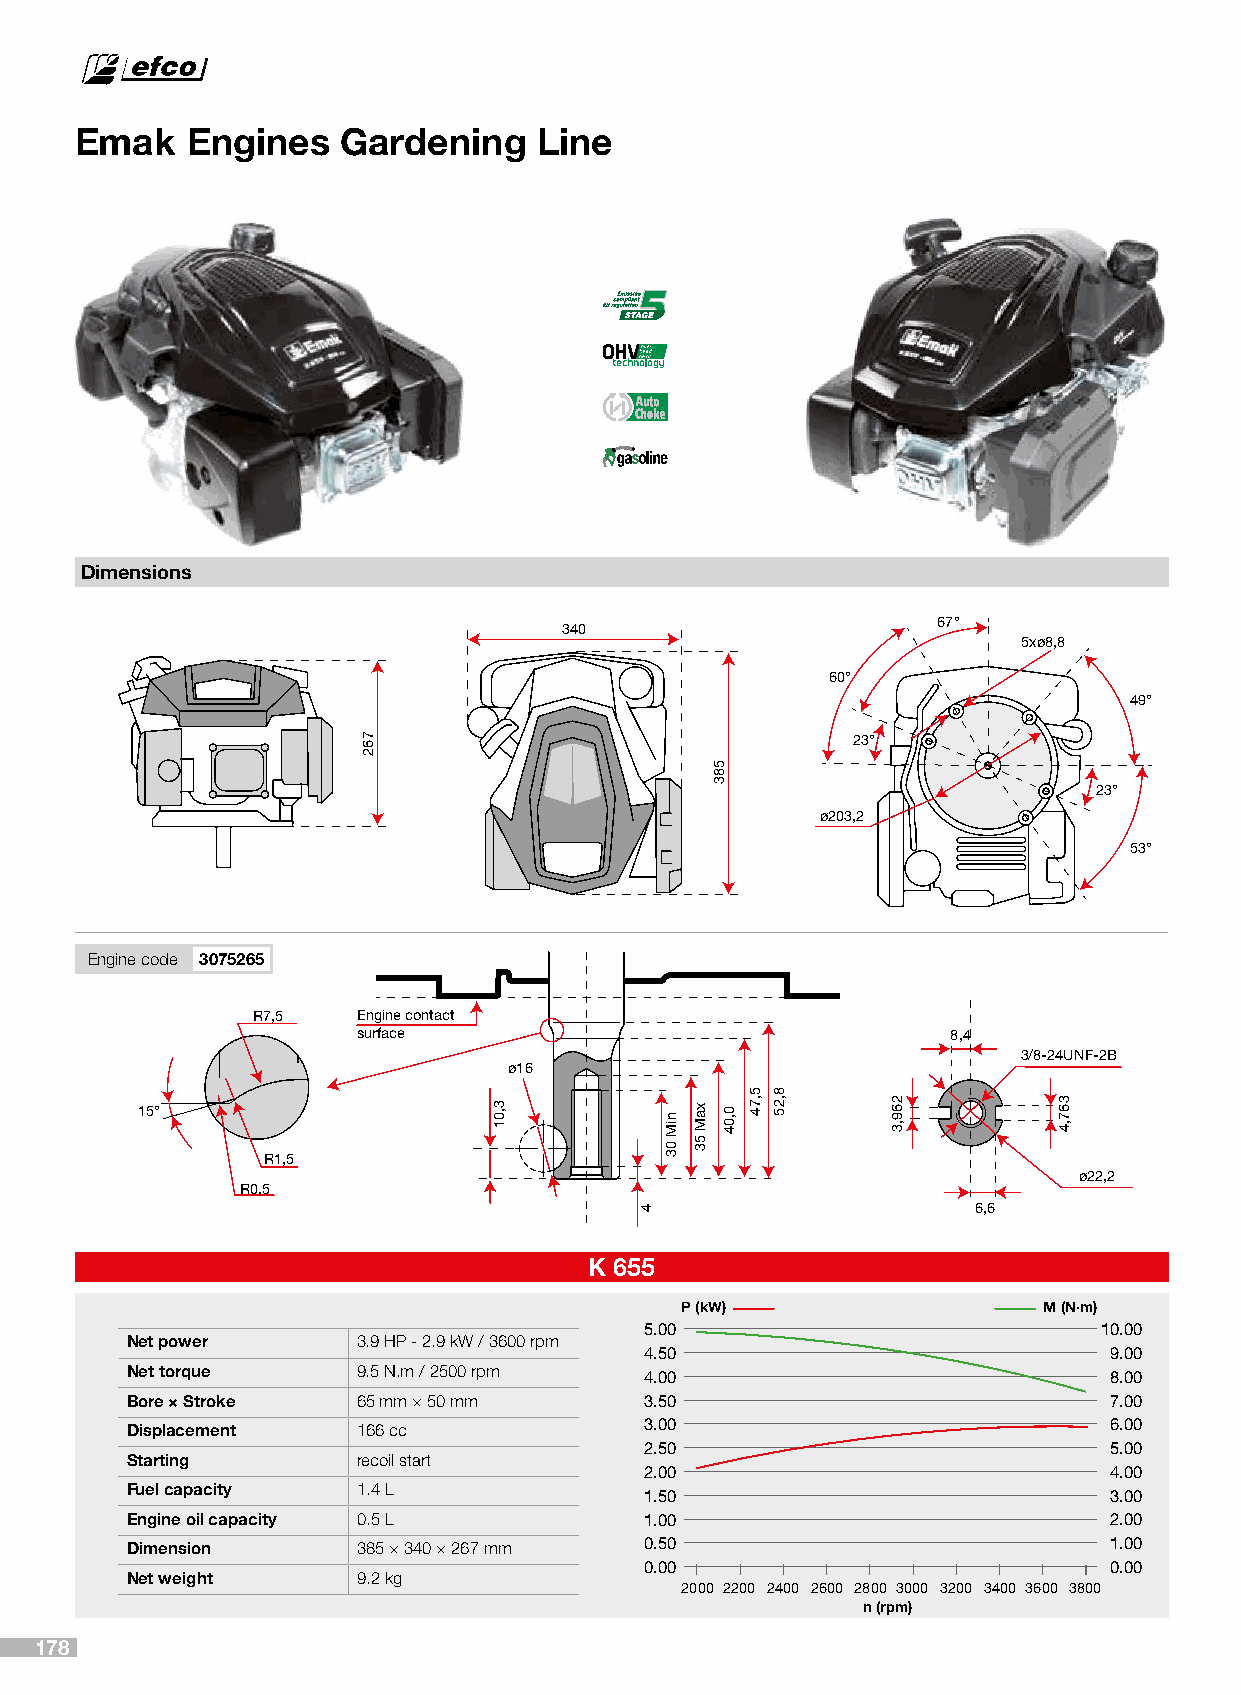
Emak   Engines    Gardening    Line
 Dimensions
 67°
 340
 5xø8,8
 60°
 49°
 23°
 23°
 ø203,2
 53°
 Engine code 3075265
 R7,5   Engine contact
 surface                                8,4
 3/8-24UNF-2B
 ø16
 15°
 R1,5
 ø22,2
 R0,5
 6,6
 K 655
 P (kW)                  M (N·m)
 5.00                          10.00
 Net power       3.9 HP - 2.9 kW / 3600 rpm
 4.50                          9.00
 Net torque      9.5 N.m / 2500 rpm 4.00                          8.00
 Bore × Stroke   65 mm × 50 mm      3.50                          7.00
 Displacement    166 cc             3.00                          6.00
 2.50                          5.00
 Starting        recoil start
 2.00                          4.00
 Fuel capacity   1.4 L
 1.50                          3.00
 Engine oil capacity 0.5 L          1.00                          2.00
 Dimension       385 × 340 × 267 mm 0.50                          1.00
 0.00                          0.00
 Net weight      9.2 kg
 2000 2200 2400 2600 2800 3000 3200 3400 3600 3800
 n (rpm)
 178
 762
 3,01
 4
 niM
 03
 xaM
 53
 583
 0,04
 5,74 8,25
 269,3      367,4